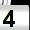
Digit: 4